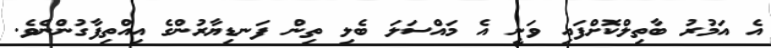
އެ އަމުރު ބާތިލްކޮށްފައި ވަނީ އެ މައްސަލަ ބެލި ތިން ފަނޑިޔާރުންގެ އިއްތިފާގުންނެވެ.